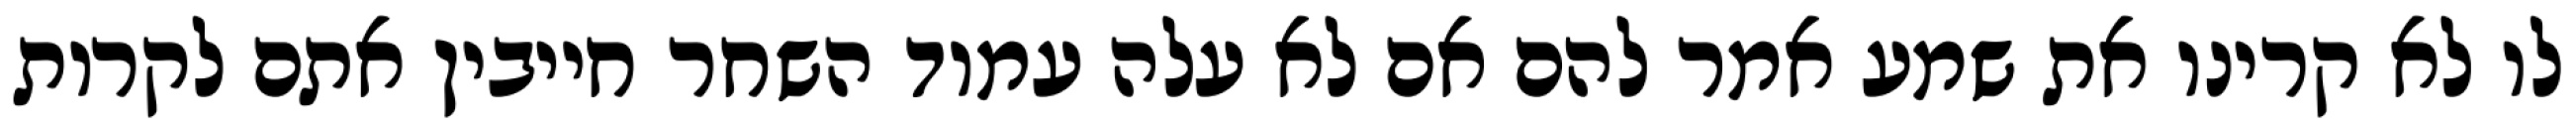
לו לא קרינו את שמע אמר להם אם לא עלה עמוד השחר חייבין אתם לקרות